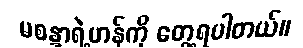
မစန္ဒာရဲ့ဟန်ကို တွေ့ရပါတယ်။